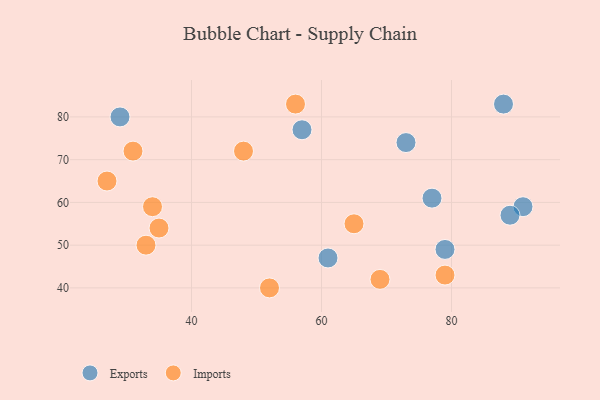
{"axis": {"x": "GDP", "y": "Life Expectancy"}, "legend": ["Exports", "Imports"], "data": [{"x": "57", "y": 77, "type": "Exports"}, {"x": "91", "y": 59, "type": "Exports"}, {"x": "61", "y": 47, "type": "Exports"}, {"x": "88", "y": 83, "type": "Exports"}, {"x": "77", "y": 61, "type": "Exports"}, {"x": "29", "y": 80, "type": "Exports"}, {"x": "73", "y": 74, "type": "Exports"}, {"x": "89", "y": 57, "type": "Exports"}, {"x": "79", "y": 49, "type": "Exports"}, {"x": "33", "y": 50, "type": "Imports"}, {"x": "79", "y": 43, "type": "Imports"}, {"x": "69", "y": 42, "type": "Imports"}, {"x": "48", "y": 72, "type": "Imports"}, {"x": "52", "y": 40, "type": "Imports"}, {"x": "56", "y": 83, "type": "Imports"}, {"x": "65", "y": 55, "type": "Imports"}, {"x": "31", "y": 72, "type": "Imports"}, {"x": "35", "y": 54, "type": "Imports"}, {"x": "34", "y": 59, "type": "Imports"}, {"x": "27", "y": 65, "type": "Imports"}]}